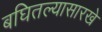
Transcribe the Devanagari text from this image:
बघितल्यासारखे